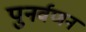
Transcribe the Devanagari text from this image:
पुनर्वणन